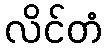
လိင်တံ